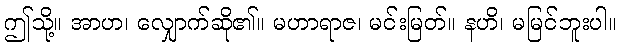
ဤသို့။ အာဟ၊ လျှောက်ဆို၏။ မဟာရာဇ၊ မင်းမြတ်။ နဟိ၊ မမြင်ဘူးပါ။